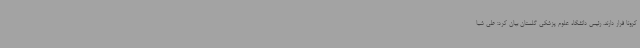
کرونا قرار دارند. رئیس دانشگاه علوم پزشکی گلستان بیان کرد: طی شبا